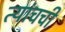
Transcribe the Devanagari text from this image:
त्यांचची